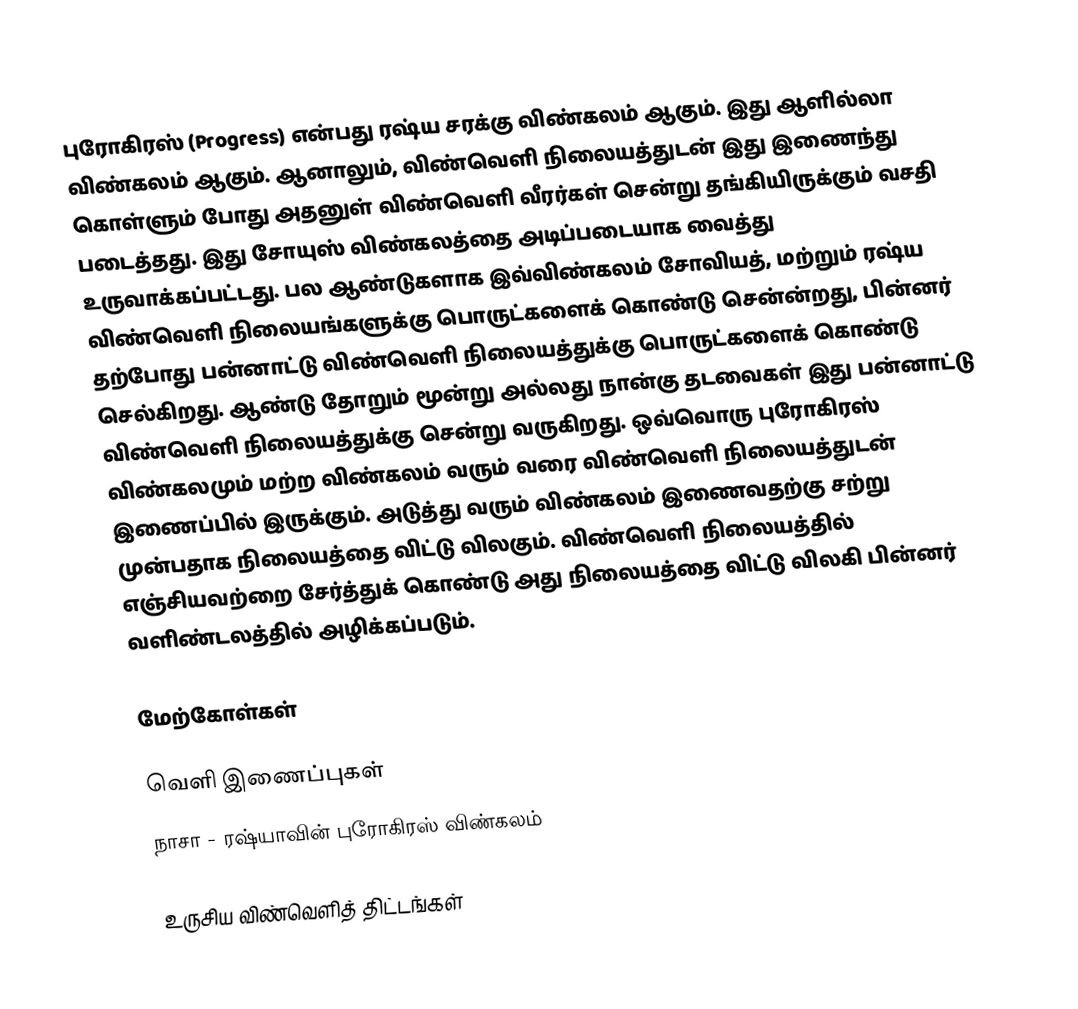
புரோகிரஸ் (Progress) என்பது ரஷ்ய சரக்கு விண்கலம் ஆகும். இது ஆளில்லா விண்கலம் ஆகும். ஆனாலும், விண்வெளி நிலையத்துடன் இது இணைந்து கொள்ளும் போது அதனுள் விண்வெளி வீரர்கள் சென்று தங்கியிருக்கும் வசதி படைத்தது. இது சோயுஸ் விண்கலத்தை அடிப்படையாக வைத்து உருவாக்கப்பட்டது. பல ஆண்டுகளாக இவ்விண்கலம் சோவியத், மற்றும் ரஷ்ய விண்வெளி நிலையங்களுக்கு பொருட்களைக் கொண்டு சென்ன்றது, பின்னர் தற்போது பன்னாட்டு விண்வெளி நிலையத்துக்கு பொருட்களைக் கொண்டு செல்கிறது. ஆண்டு தோறும் மூன்று அல்லது நான்கு தடவைகள் இது பன்னாட்டு விண்வெளி நிலையத்துக்கு சென்று வருகிறது. ஒவ்வொரு புரோகிரஸ் விண்கலமும் மற்ற விண்கலம் வரும் வரை விண்வெளி நிலையத்துடன் இணைப்பில் இருக்கும். அடுத்து வரும் விண்கலம் இணைவதற்கு சற்று முன்பதாக நிலையத்தை விட்டு விலகும். விண்வெளி நிலையத்தில் எஞ்சியவற்றை சேர்த்துக் கொண்டு அது நிலையத்தை விட்டு விலகி பின்னர் வளிண்டலத்தில் அழிக்கப்படும்.

மேற்கோள்கள்

வெளி இணைப்புகள்
 நாசா - ரஷ்யாவின் புரோகிரஸ் விண்கலம்

உருசிய விண்வெளித் திட்டங்கள்